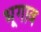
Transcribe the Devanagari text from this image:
भूगाव